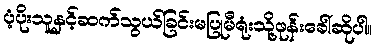
ပံ့ပိုးသူနှင့်ဆက်သွယ်ခြင်းမပြုမီရုံးသို့ဖုန်းခေါ်ဆိုပါ။